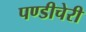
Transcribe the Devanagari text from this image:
पण्डीचेरी